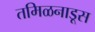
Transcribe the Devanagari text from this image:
तमिळनाडूस